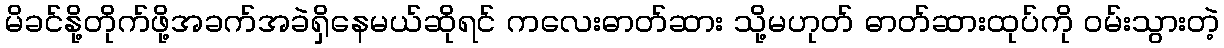
မိခင်နို့တိုက်ဖို့အခက်အခဲရှိနေမယ်ဆိုရင် ကလေးဓာတ်ဆား သို့မဟုတ် ဓာတ်ဆားထုပ်ကို ၀မ်းသွားတဲ့